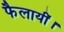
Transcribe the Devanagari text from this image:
फैलायीं।